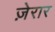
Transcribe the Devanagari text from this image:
ज़ेरार